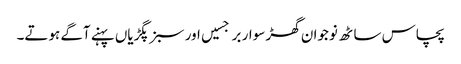
پچاس ساٹھ نوجوان گھڑ سوار برجسیں اور سبز پگڑیاں پہنے آگے ہوتے۔